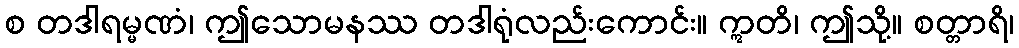
စ တဒါရမ္မဏံ၊ ဤသောမနဿ တဒါရုံလည်းကောင်း။ ဣတိ၊ ဤသို့။ စတ္တာရိ၊